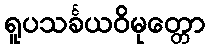
ရူပသင်္ခယဝိမုတ္တော